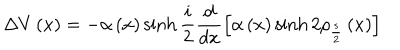
\Delta V \left( x \right) = - \alpha \left( x \right) \sinh \frac { i } { 2 } \frac { d } { d x } \left[ \alpha \left( x \right) \sinh 2 \rho _ { \frac { s } { 2 } } \left( x \right) \right]